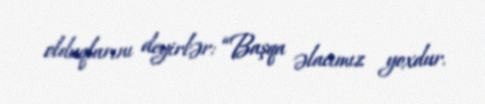
olduqlarını deyirlər: “Başqa əlacımız yoxdur.